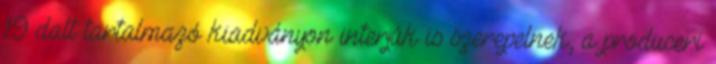
19 dalt tartalmazó kiadványon interjúk is szerepelnek, a produceri